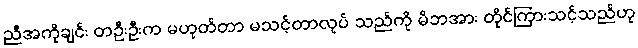
ညီအကိုချင်း တဦးဦးက မဟုတ်တာ မသင့်တာလုပ် သည်ကို မိဘအား တိုင်ကြားသင့်သည်ဟု